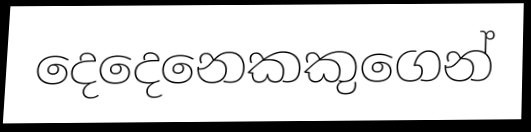
දෙදෙනෙකකුගෙන්